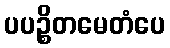
ပပဉ္စိတမေတံပေ